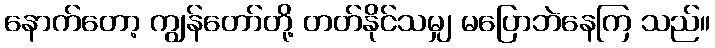
နောက်တော့ ကျွန်တော်တို့ တတ်နိုင်သမျှ မပြောဘဲနေကြ သည်။